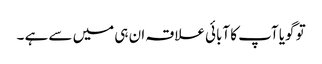
تو گویا آپ کا آبائی علاقہ ان ہی میں سے ہے ۔